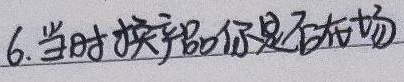
6. 当时换产品你是否在场